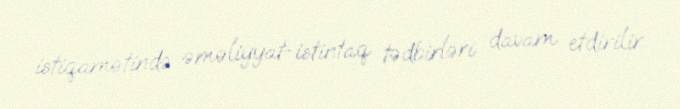
istiqamətində əməliyyat-istintaq tədbirləri davam etdirilir.